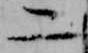
二